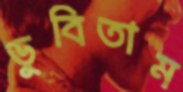
ডুবিতাম